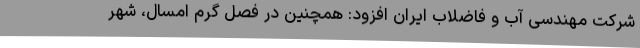
شرکت مهندسی آب و فاضلاب ایران افزود: همچنین در فصل گرم امسال، شهر